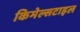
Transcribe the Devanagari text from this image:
किमेल्सटाइल